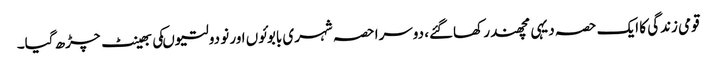
قومی زندگی کا ایک حصہ دیہی مچھندر کھاگئے، دوسرا حصہ شہری بابوئوں اور نو دولتیوںکی بھینٹ چڑھ گیا۔